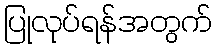
ပြုလုပ်ရန်အတွက်